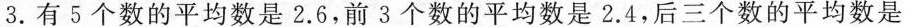
3.有5个数的平均数是2.6，前3个数的平均数是2.4，后三个数的平均数是